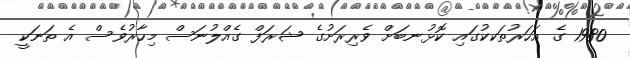
1980 ގެ އަހަރުތަކކުގައި ކޮޅުނބަށް ވެރިރަށުގެ ޝަރަފް ގެއްލުނަސް މިހާރުވެސް އެ ތަނަކީ